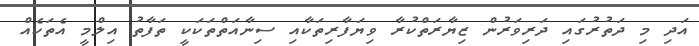
އަދި މި ދަތުރުގައި ދަރިވަރުން ޒިޔާރަތްކުރާ ވިޔަފާރިތަކާއި ސިނާއަތްތަކަކީ ތަފާތު އިލްމީ އެތަކެއް